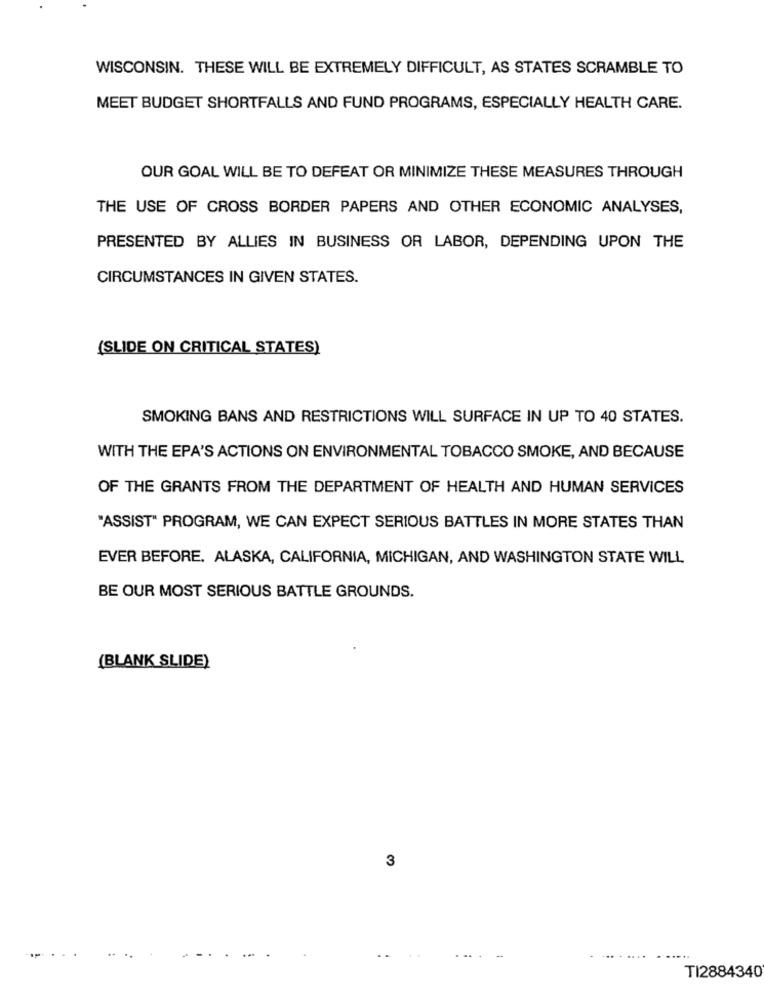
WISCONSIN. THESE WILL BE EXTREMELY DIFFICULT, AS STATES SCRAMBLE TO
MEET BUDGET SHORTFALLS AND FUND PROGRAMS, ESPECIALLY HEALTH CARE.
OUR GOAL WILL BE TO DEFEAT OR MINIMIZE THESE MEASURES THROUGH
THE USE OF CROSS BORDER PAPERS AND OTHER ECONOMIC ANALYSES,
PRESENTED BY ALLIES IN BUSINESS OR LABOR, DEPENDING UPON THE
CIRCUMSTANCES IN GIVEN STATES.
(SLIDE ON CRITICAL STATES)
SMOKING BANS AND RESTRICTIONS WILL SURFACE IN UP TO 40 STATES.
WITH THE EPA'S ACTIONS ON ENVIRONMENTAL TOBACCO SMOKE, AND BECAUSE
OF THE GRANTS FROM THE DEPARTMENT OF HEALTH AND HUMAN SERVICES
"ASSIST" PROGRAM, WE CAN EXPECT SERIOUS BATTLES IN MORE STATES THAN
EVER BEFORE. ALASKA, CALIFORNIA, MICHIGAN, AND WASHINGTON STATE WILL
BE OUR MOST SERIOUS BATTLE GROUNDS.
(BLANK SLIDE)
3
...
....
..
TI2884340